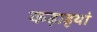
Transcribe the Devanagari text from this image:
कढ़ाइयां